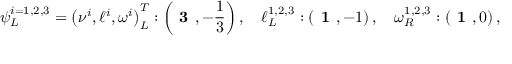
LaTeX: \psi _ { L } ^ { i = 1 , 2 , 3 } = \left( \nu ^ { i } , \ell ^ { i } , \omega ^ { i } \right) _ { L } ^ { T } : \left( \textbf { 3 } , - \frac { 1 } { 3 } \right) , \quad \ell _ { L } ^ { 1 , 2 , 3 } : \left( \textbf { 1 } , - 1 \right) , \quad \omega _ { R } ^ { 1 , 2 , 3 } : \left( \textbf { 1 } , 0 \right) ,